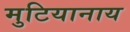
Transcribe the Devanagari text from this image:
मुटियानाय